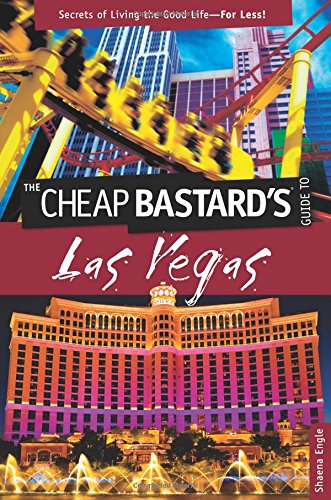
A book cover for Cheap Bastard's(TM) Guide to Las Vegas: Secrets Of Living The Good Life--For Less!; Shaena Engle; Travel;